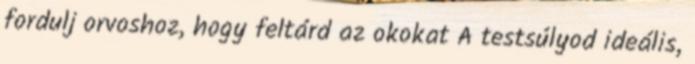
fordulj orvoshoz, hogy feltárd az okokat A testsúlyod ideális,